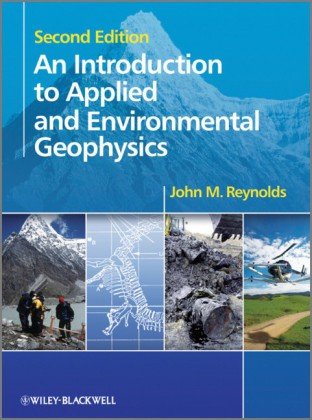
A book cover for An Introduction to Applied and Environmental Geophysics; John M. Reynolds; Science & Math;